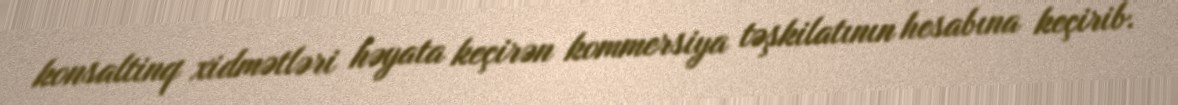
konsaltinq xidmətləri həyata keçirən kommersiya təşkilatının hesabına keçirib.